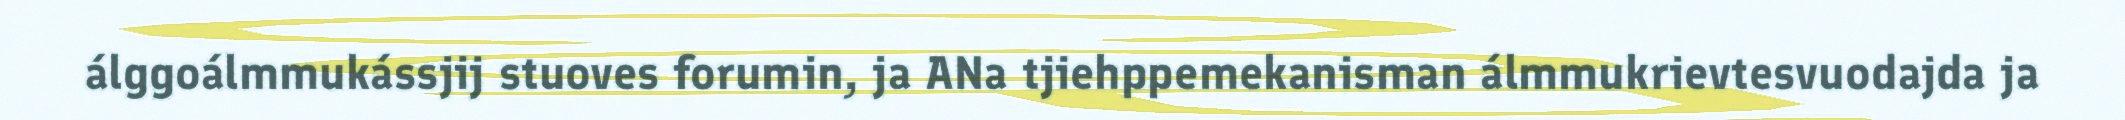
álggoálmmukássjij stuoves forumin, ja ANa tjiehppemekanisman álmmukrievtesvuodajda ja